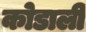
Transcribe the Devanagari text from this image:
कोडाली